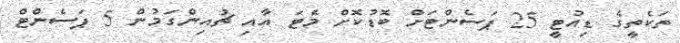
ތަކެތީގެ ޑިއުޓީ 25 ޕަސެންޓަށް ބޮޑުކޮށް މެޓަ އާއި ޗުއިންގަމުން 5 ޕަސެންޓް